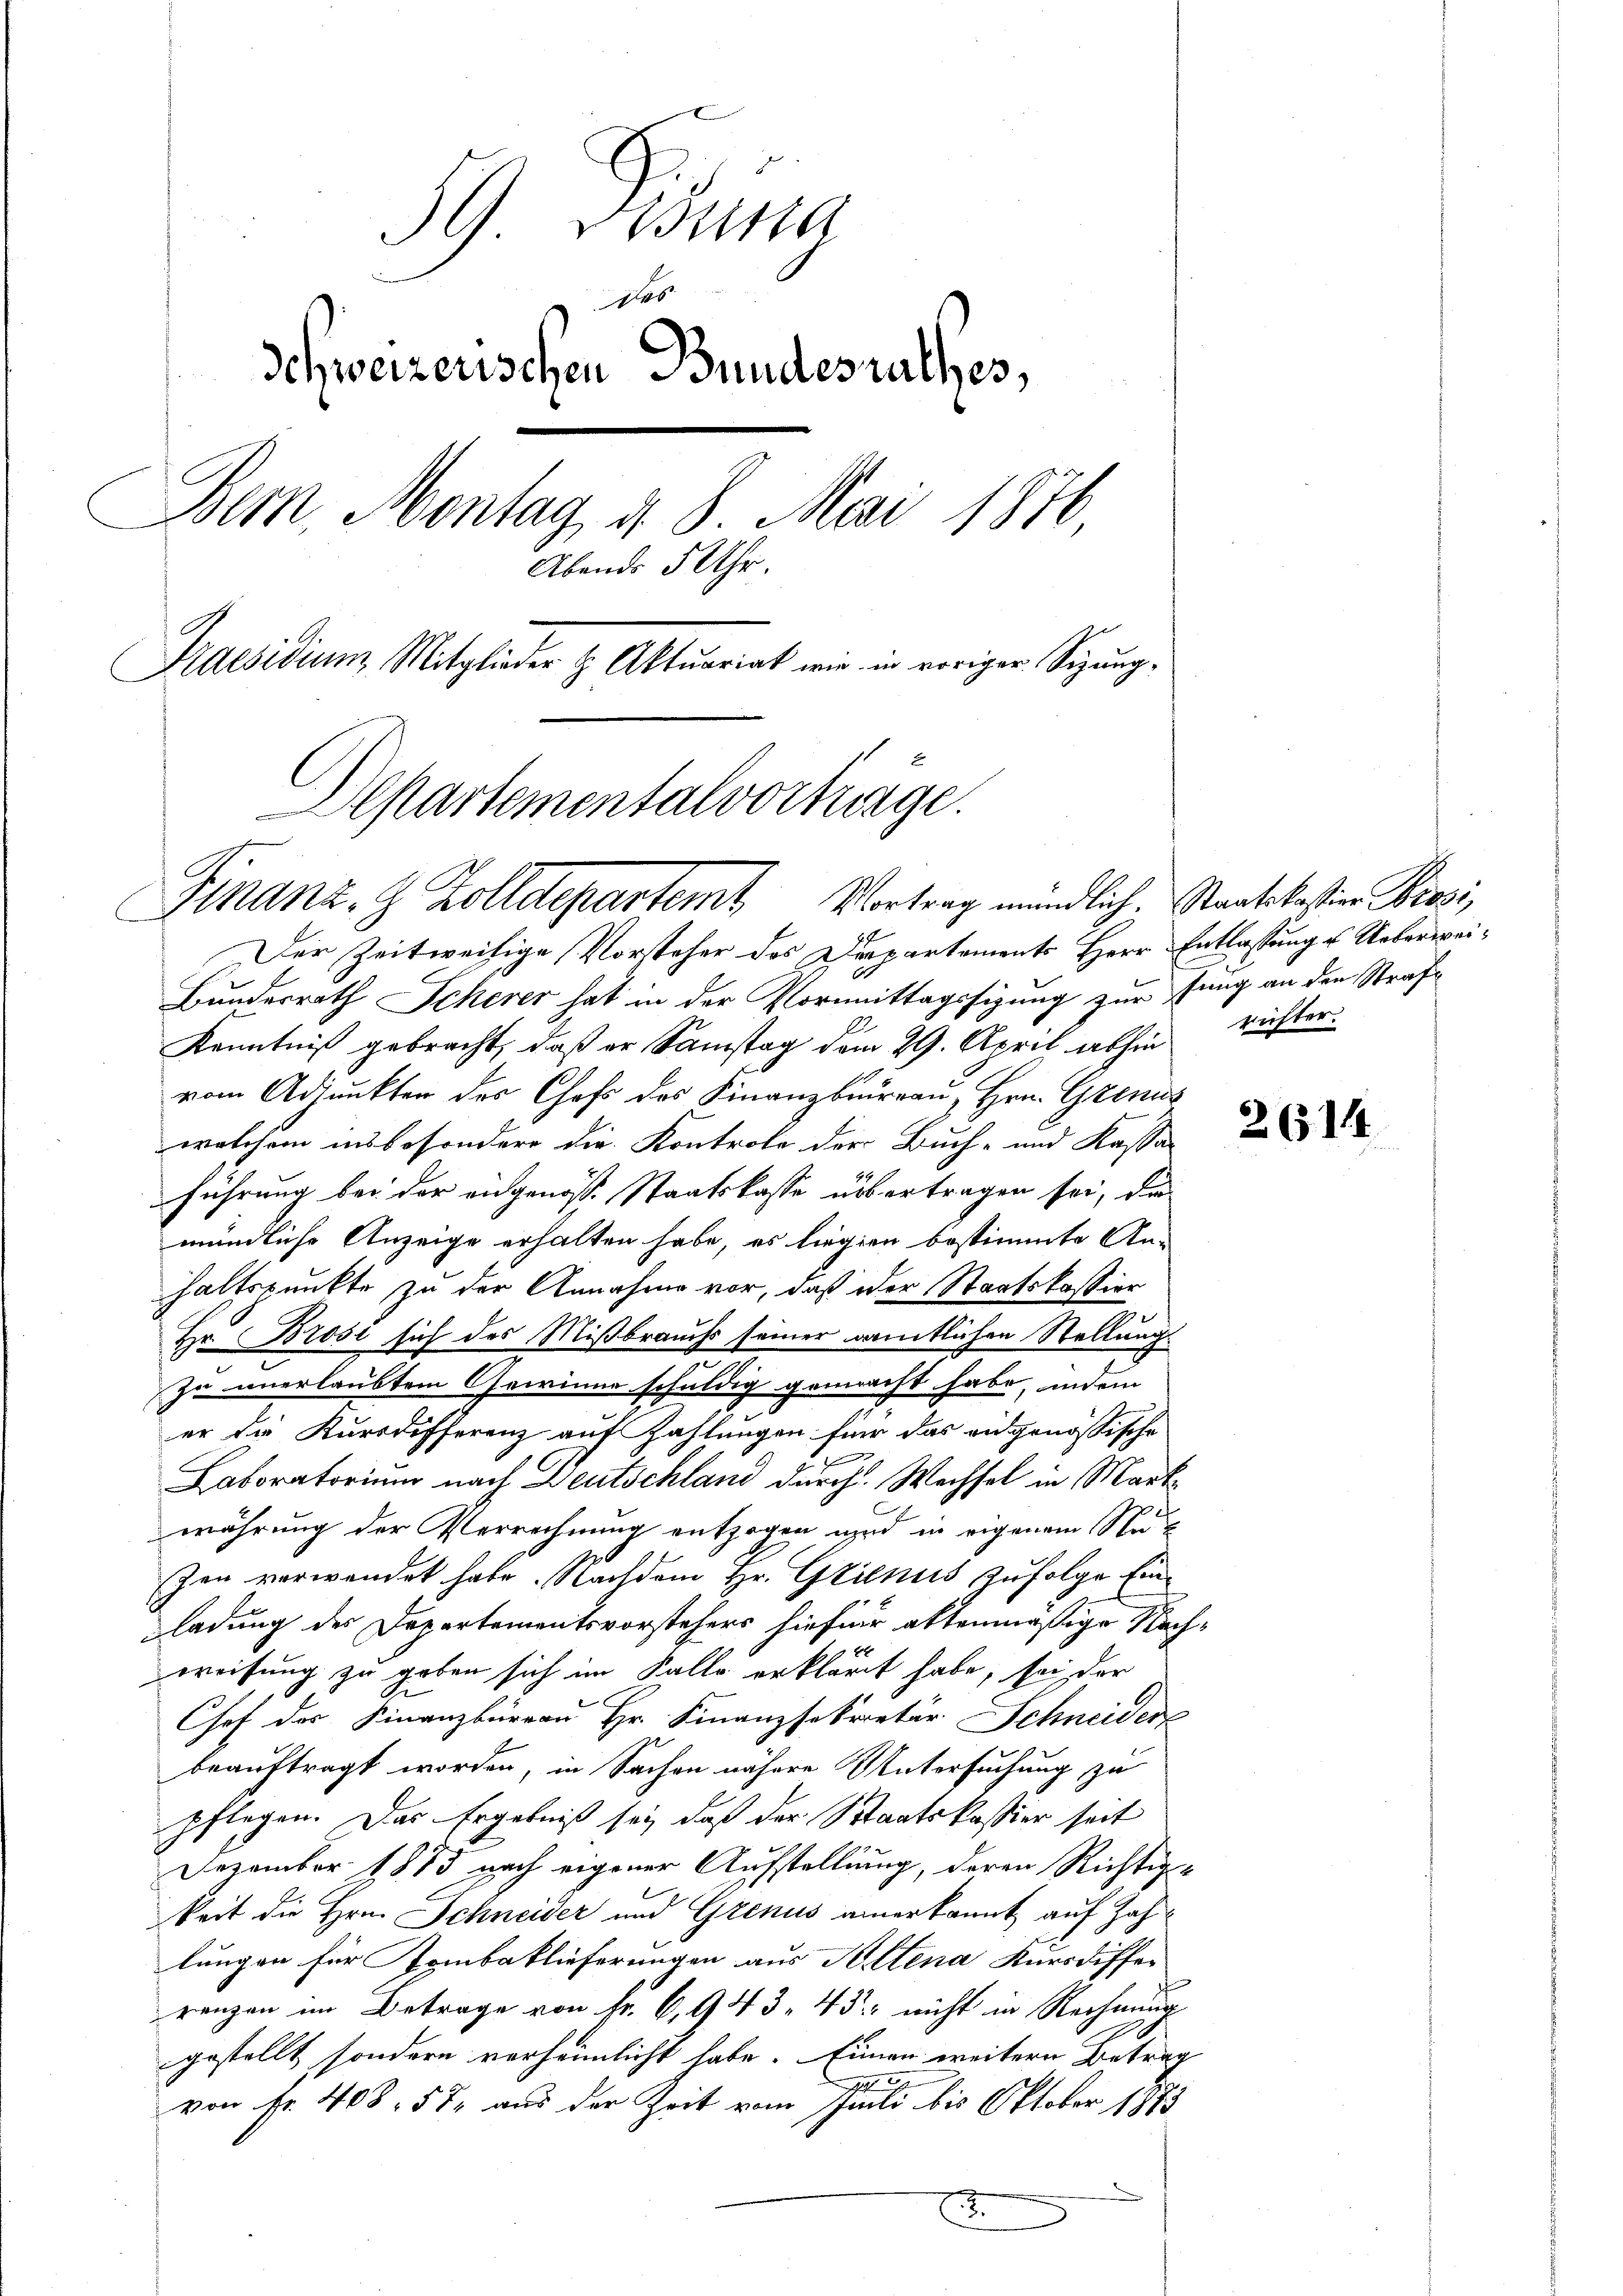
39. Da
Des
Schweizerischen Bundesrathes,
Bern Montag d. 8. Mai 1876,
Abends 5 Uhr.
Praesidium Mitglieder & Aktuariat wir in voriger Sizung¬
Departementalvorträge.

Finanz. Z. Zolldepartemt Vortrag mündlich. Staatskassion Brosi,
Der Zeitweisige Vorsteher des Departements Herr Entlassung u. Ueberwei¬
Bundesrath Scherer hat in der Vormittagssizung zur Pfung an den Straf¬
Kenntniß gebracht, daß er Samstag dem 29. April abhin
vom Adjunkter des Chefs des Finanzbureau, Hrn. Grenus
welchem insbesondere die Kontrole der Buch- und Kassa-
führung bei der eidgenöss. Staatskasse übertragen sei, da
mündliche Anzeige erhalten habe, es liegen bestimmte An-
haltspunkte zu der Annahme vor, daß oder Staatskassier
Hr. Brosi sich des Mißbrauchs seiner sämtlichen Stellung
zu unerlaubtem Gewinne schuldig gemacht habe, indem
er die Kursdifferenz auf Zahlungen für das eidgenössische
Laboratorium nach Deutschland durch Wechsel in Markwährung der Verrechnung entzogen und in eigenem Statt
zen verwendet habe. Nachdem Hr. Glienis zufolge Einladung des Departementsvorstehers hiefür altenmäßige Nachweisung zu geben sich im Falle erklärt habe, sei der
Chef des Finanzbüreau Hr. Finanzsekretär Schneider
beauftragt worden, in Sachen nähere Untersuchung zu
pflegen. Das Ergebniß sey, daß der Staatskassier seit
Dezember 1873 nach eigener Aufstellung, deren Richtigkeit die Hrn. Schneider und Grenus anerkannt auf Zahlungen für Kombaklieferungen aus Seltena Kursdiffer
renzen im Betrage von Fr. 6,943. 45 nicht in Rechnung
gestellt, sondern verheimlicht habe. Einen weitern Betrag

von Nr. 408. 57 aus der Zeit vom Juli bis Oktober 1873
x

richter.

2614.